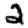
Digit: 2